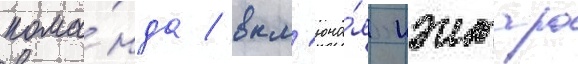
кома́нда / вкл'юча́я кэнтаро